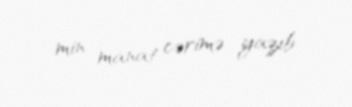
min manat cərimə yazıb.